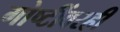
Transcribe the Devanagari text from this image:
गोष्टींवरही